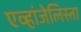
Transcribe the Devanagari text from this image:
एव्हांजेलिस्ता